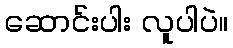
ဆောင်းပါး လူပါပဲ။